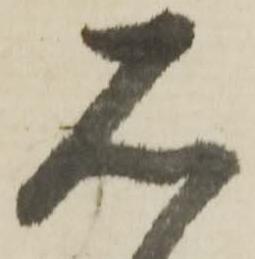
石